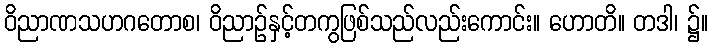
ဝိညာဏသဟဂတောစ၊ ဝိညာဉ်နှင့်တကွဖြစ်သည်လည်းကောင်း။ ဟောတိ။ တဒါ၊ ၌။